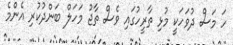
ހަ މަސް ދުވަހަކީ މުޅި ތާރީހުގައި ވެސް ތާޖު މަހަލް ބަންދުކުރި އެންމެ